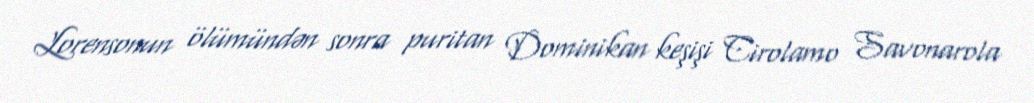
Lorensonun ölümündən sonra puritan Dominikan keşişi Cirolamo Savonarola